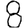
Digit: 8